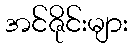
အင်ဇိုင်းများ